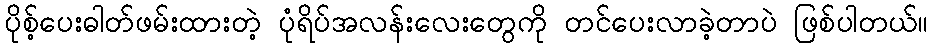
ပိုစ့်ပေးဓါတ်ဖမ်းထားတဲ့ ပုံရိပ်အလန်းလေးတွေကို တင်ပေးလာခဲ့တာပဲ ဖြစ်ပါတယ်။